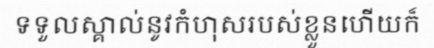
ទទួលស្គាល់នូវកំហុសរបស់ខ្លួនហើយក៏